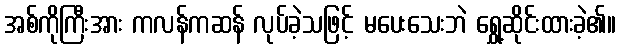
အစ်ကိုကြီးအား ကလန်ကဆန် လုပ်ခဲ့သဖြင့် မပေးသေးဘဲ ရွှေ့ဆိုင်းထားခဲ့၏။